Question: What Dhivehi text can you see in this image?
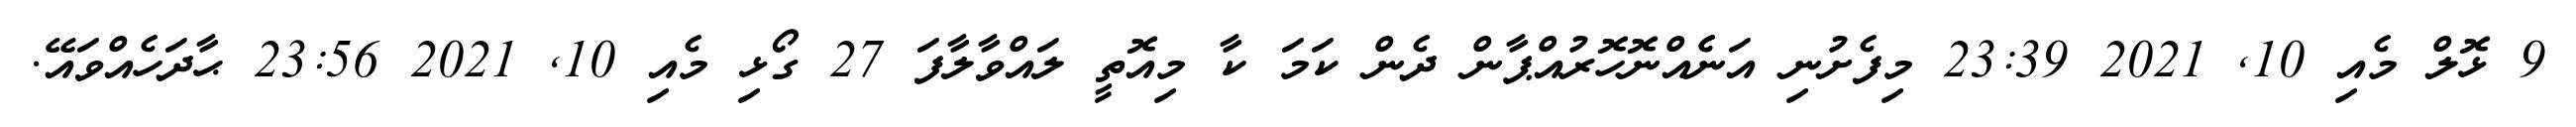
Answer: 9 ޅޮލް މެއި 10, 2021 23:39 މިފެށުނި އަނެެއްނޮހޮރުއްޕާން ދެން ކަމަ ކާ މިއޮތީ ލައްވާލާފަ 27 ގޯޅި މެއި 10, 2021 23:56 ޙާދަހެއްވައޭ.